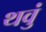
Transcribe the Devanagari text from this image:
थवुं